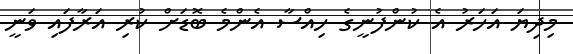
މިދިޔަ އަހަރު އެ ކުންފުނީގެ ހިއްސާ އެންމެ ބޮޑަށް ކުރި އަރާފައި ވަނީ